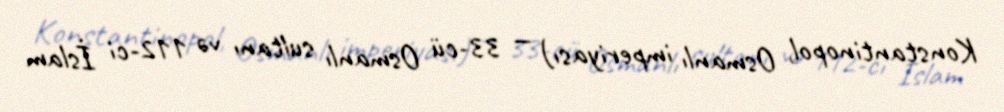
Konstantinopol, Osmanlı imperiyası) — 33-cü Osmanlı sultanı və 112-ci İslam